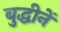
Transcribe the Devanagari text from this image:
बुद्धीनें